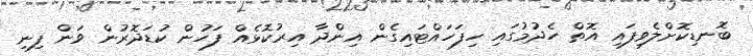
ބޮނޑިކޮށްލެވިފައި އޮތް ހެދުމުގައި ހިފަހައްޓައިގެން އިންދާ އިރުކޮޅެއް ފަހުން ކުޑަދޮރުން ވަން ފިނި